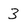
Character: 3